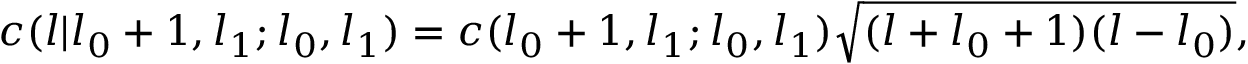
c ( l | l _ { 0 } + 1 , l _ { 1 } ; l _ { 0 } , l _ { 1 } ) = c ( l _ { 0 } + 1 , l _ { 1 } ; l _ { 0 } , l _ { 1 } ) \sqrt { ( l + l _ { 0 } + 1 ) ( l - l _ { 0 } ) } ,